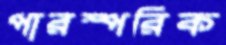
পারস্পরিক